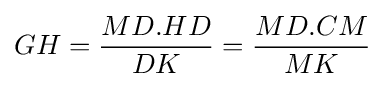
GH={\frac {MD.HD}{DK}}={\frac {MD.CM}{MK}}